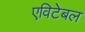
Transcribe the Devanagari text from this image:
एविटेबल